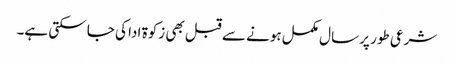
شرعی طور پر سال مکمل ہونے سے قبل بھی زکوۃ ادا کی جا سکتی ہے۔